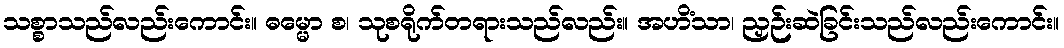
သစ္စာသည်လည်းကောင်း။ ဓမ္မော စ၊ သုစရိုက်တရားသည်လည်း။ အဟိံသာ၊ ညှဉ်းဆဲခြင်းသည်လည်းကောင်း။